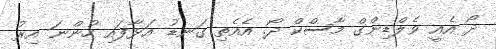
ދޯ އެއީ ވެލްޑިންގް މާސްކް ދޯ. އެއެތި ގަނޑު އަޅާފައި ހުންނަ އިރު